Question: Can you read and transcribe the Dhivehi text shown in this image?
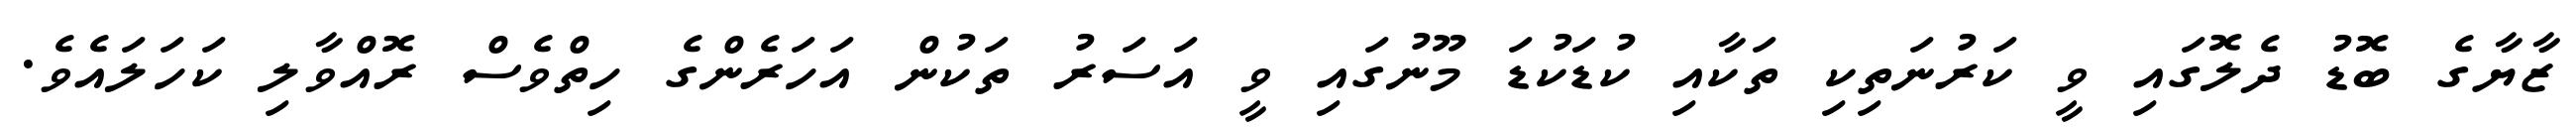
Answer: ޒާޔާގެ ބޮޑު ދެލޮގައި ވީ ކަރުނަތިކި ތަކާއި ކުޑަކުޑަ މޫނުގައި ވީ އަސަރު ތަކުން އަހަރެންގެ ހިތްވެސް ރޮއްވާލި ކަހަލައެވެ.